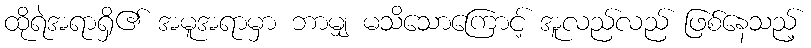
ထိုရဲအရာရှိ၏ အမူအရာမှာ ဘာမျှ မသိသောကြောင့် အူလည်လည် ဖြစ်နေသည့်